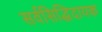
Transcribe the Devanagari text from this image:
सर्वसिद्धिदायक